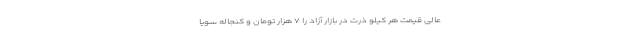
عالی قیمت هر کیلو ذرت در بازار آزاد را ۷ هزار تومان و کنجاله سویا